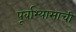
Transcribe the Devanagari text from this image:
पूर्वाभ्यासाची